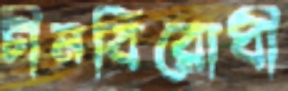
চীনবিরোধী